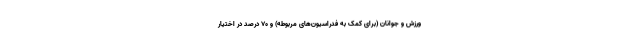
ورزش و جوانان (برای کمک به فدراسیون‌های مربوطه) و ۷۰ درصد در اختیار